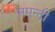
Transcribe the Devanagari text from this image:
समुन्द्री